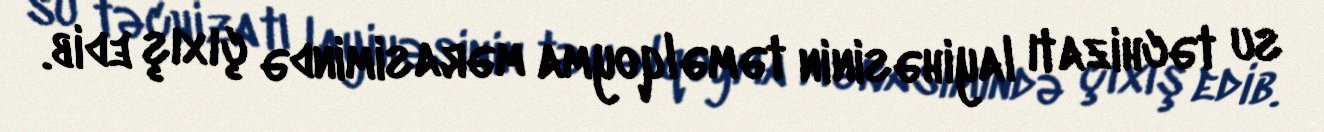
su təchizatı layihəsinin təməlqoyma mərasimində çıxış edib.